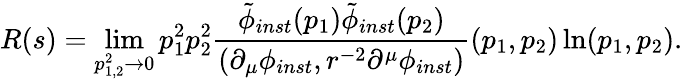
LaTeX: R(s)=\operatorname*{lim}_{p_{1,2}^{2}\rightarrow 0}p_{1}^{2}p_{2}^{2}\frac{\tilde{\phi}_{inst}(p_{1})\tilde{\phi}_{inst}(p_{2})}{(\partial_{\mu}\phi_{inst},r^{-2}\partial^{\mu}\phi_{inst})}(p_{1},p_{2})\ln(p_{1},p_{2}).